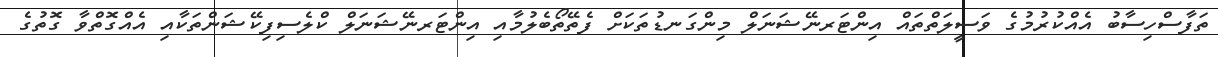
ތަފާސްހިސާބު އެއްކުރުމުގެ ވަސީލަތްތައް އިންޓަރނޭޝަނަލް މިންގަނޑުތަކަށް ފެތޭތޯބެލުމާއި އިންޓަރނޭޝަނަލް ކްލެސިފިކޭޝަންތަކާއި އެއްގޮތްވާ ގޮތުގެ